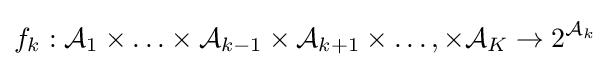
f_{k}:{\mathcal {A}}_{1}\times \ldots \times {\mathcal {A}}_{k-1}\times {\mathcal {A}}_{k+1}\times \ldots ,\times {\mathcal {A}}_{K}\rightarrow 2^{{\mathcal {A}}_{k}}